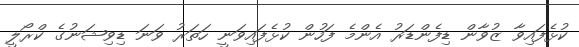
ކުޅެފައިވާ ޒުވާން ޑިފެންޑަރު އެންމެ ފަހުން ކުޅެފައިވަނީ ހަތަރު ވަނަ ޑިވިޝަނުގެ ކްރޯލީ